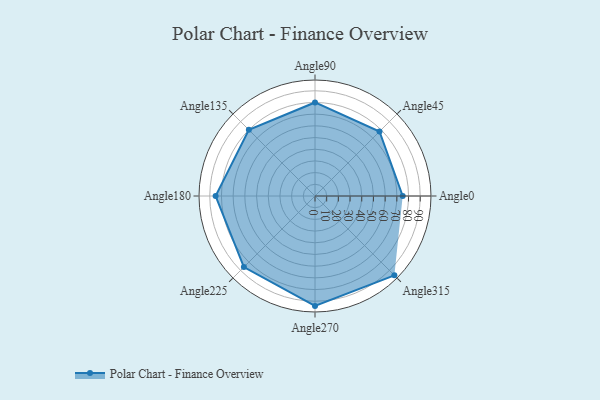
{"axis": {"x": "Angle", "y": "Radius"}, "legend": [""], "data": [{"x": "Angle0", "y": 75.0, "type": ""}, {"x": "Angle45", "y": 78.0, "type": ""}, {"x": "Angle90", "y": 80.0, "type": ""}, {"x": "Angle135", "y": 80.0, "type": ""}, {"x": "Angle180", "y": 85.0, "type": ""}, {"x": "Angle225", "y": 86.0, "type": ""}, {"x": "Angle270", "y": 94.0, "type": ""}, {"x": "Angle315", "y": 96.0, "type": ""}]}